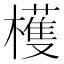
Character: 檴